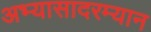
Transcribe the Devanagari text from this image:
अभ्यासादरम्यान